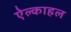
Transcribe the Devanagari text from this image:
ऐल्काहल